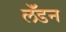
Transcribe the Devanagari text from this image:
लॅंडन